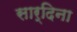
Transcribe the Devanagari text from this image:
सार्दिना